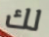
لك